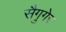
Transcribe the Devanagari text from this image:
सैगुगेर